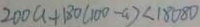
2 0 0 a + 1 8 0 ( 1 0 0 - a ) < 1 8 0 8 0